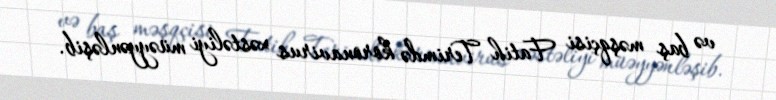
və baş məşqçisi Fatih Terimdə koronavirus xəstəliyi müəyyənləşib.